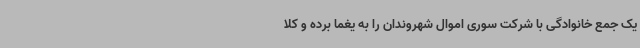
یک جمع خانوادگی با شرکت سوری اموال شهروندان را به یغما برده و کلا